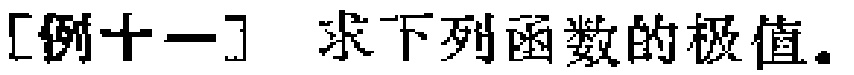
[例十一] 求下列函数的极值。